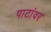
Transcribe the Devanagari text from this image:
पाटांवर